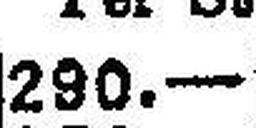
290.—